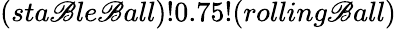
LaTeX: (sta\mathscr{B}le\mathscr{B}all)!0.75!(rolling\mathscr{B}all)